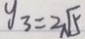
y _ { 3 } = 2 \sqrt { 5 }